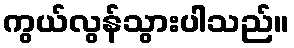
ကွယ်လွန်သွားပါသည်။